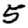
Digit: 5